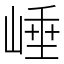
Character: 崜